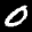
Label: 0